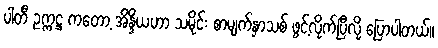
ပါတီ ဥက္ကဋ္ဌ ကတော့ အိန္ဒိယဟာ သမိုင်း စာမျက်နှာသစ် ဖွင့်လိုက်ပြီလို့ ပြောပါတယ်။